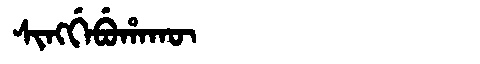
Manchu: ᠰᡳᠩᡤᡝᠪᡠᡥᠠᡴᡡ
Romanization: SINGGEBUHAKŪ